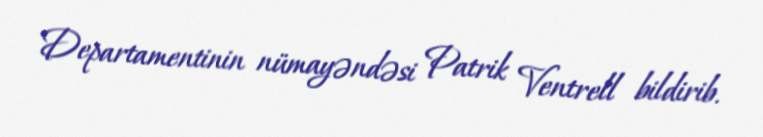
Departamentinin nümayəndəsi Patrik Ventrell bildirib.